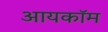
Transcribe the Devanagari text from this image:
आयकॉम